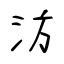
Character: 汸